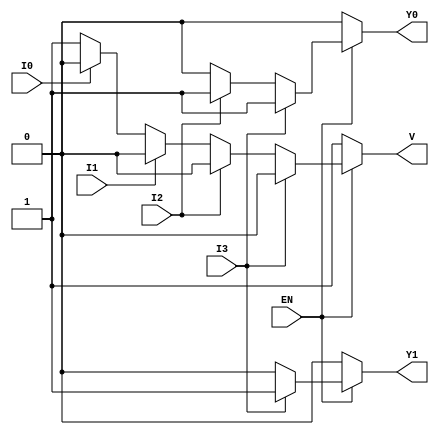
module encoder_4to2 (
    input wire EN,    // Enable input
    input wire I0,    // Input 0
    input wire I1,    // Input 1
    input wire I2,    // Input 2
    input wire I3,    // Input 3
    output reg Y0,    // Output 0
    output reg Y1,    // Output 1
    output reg V      // Valid output
);

always @(*) begin
    // Default outputs
    Y0 = 1'b0;
    Y1 = 1'b0;
    V = 1'b1; // Assume invalid by default

    if (EN) begin
        // Check inputs in priority order
        if (I3) begin
            Y1 = 1'b1;
            Y0 = 1'b1;
            V = 1'b0; // Valid output
        end else if (I2) begin
            Y1 = 1'b0;
            Y0 = 1'b1;
            V = 1'b0; // Valid output
        end else if (I1) begin
            Y1 = 1'b0;
            Y0 = 1'b0;
            V = 1'b0; // Valid output
        end else if (I0) begin
            Y1 = 1'b0;
            Y0 = 1'b0;
            V = 1'b0; // Valid output
        end
    end
end

endmodule